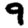
Digit: 9